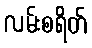
လမ်းစရိတ်